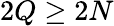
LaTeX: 2Q\geq 2N